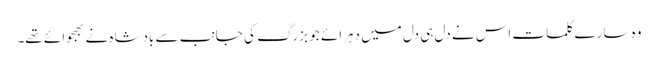
وہ سارے کلمات اس نے دل ہی دل میں دہرائے جو بزرگ کی جانب سے بادشاہ نے بھجوائے تھے۔